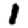
Digit: 1